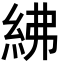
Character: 紼